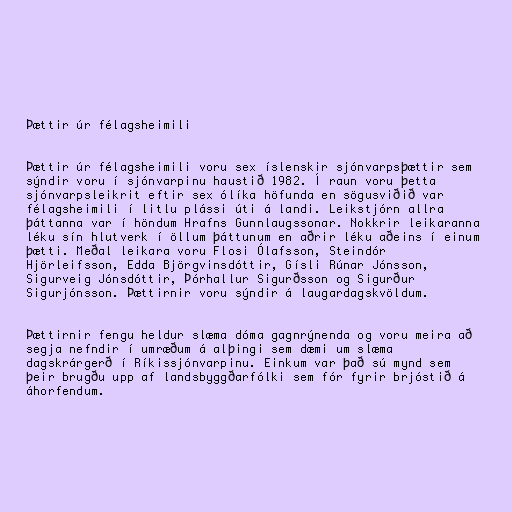
Þættir úr félagsheimili

Þættir úr félagsheimili voru sex íslenskir sjónvarpsþættir sem
sýndir voru í sjónvarpinu haustið 1982. Í raun voru þetta
sjónvarpsleikrit eftir sex ólíka höfunda en sögusviðið var
félagsheimili í litlu plássi úti á landi. Leikstjórn allra
þáttanna var í höndum Hrafns Gunnlaugssonar. Nokkrir leikaranna
léku sín hlutverk í öllum þáttunum en aðrir léku aðeins í einum
þætti. Meðal leikara voru Flosi Ólafsson, Steindór
Hjörleifsson, Edda Björgvinsdóttir, Gísli Rúnar Jónsson,
Sigurveig Jónsdóttir, Þórhallur Sigurðsson og Sigurður
Sigurjónsson. Þættirnir voru sýndir á laugardagskvöldum.

Þættirnir fengu heldur slæma dóma gagnrýnenda og voru meira að
segja nefndir í umræðum á alþingi sem dæmi um slæma
dagskrárgerð í Ríkissjónvarpinu. Einkum var það sú mynd sem
þeir brugðu upp af landsbyggðarfólki sem fór fyrir brjóstið á
áhorfendum.